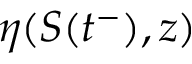
\eta ( S ( t ^ { - } ) , z )